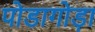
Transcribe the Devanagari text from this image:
पोडागोड़ा